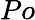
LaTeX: Po